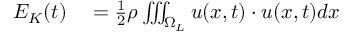
\begin{array} { r l } { E _ { K } ( t ) } & { { } = \frac { 1 } { 2 } \rho \iiint _ { \Omega _ { L } } \boldsymbol u ( \boldsymbol x , t ) \cdot \boldsymbol u ( \boldsymbol x , t ) d \boldsymbol x } \end{array}